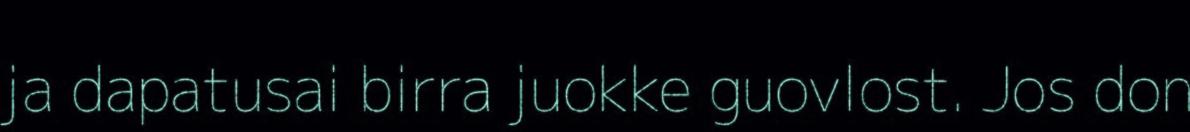
ja dapatusai birra juokke guovlost. Jos don